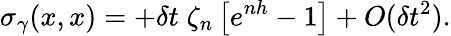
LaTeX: \sigma_{\gamma}(x,x)=+\delta t\; \zeta_{n}\left[e^{nh}-1\right]+O(\delta t^{2}).